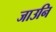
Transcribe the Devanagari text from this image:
जाउनि